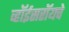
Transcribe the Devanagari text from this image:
व्हॉईसरॉयचे